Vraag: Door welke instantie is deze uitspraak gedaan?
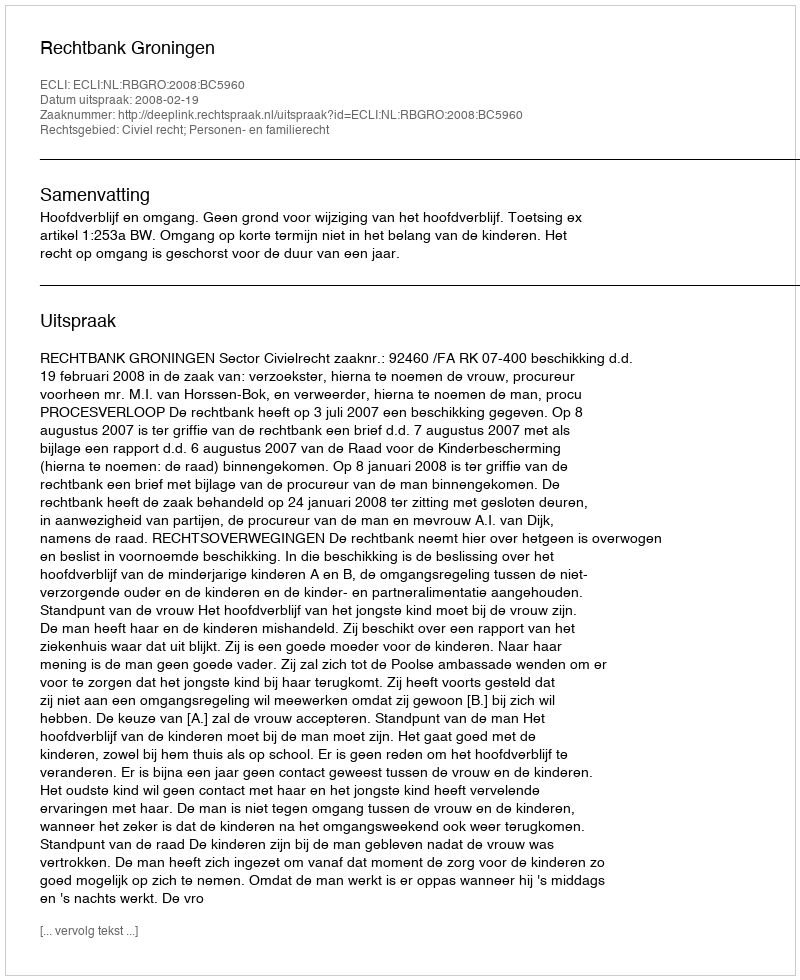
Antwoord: Rechtbank Groningen